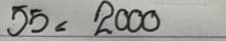
55 = 2000